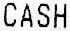
CASH